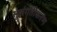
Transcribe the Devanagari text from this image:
सुसंगतीकरण